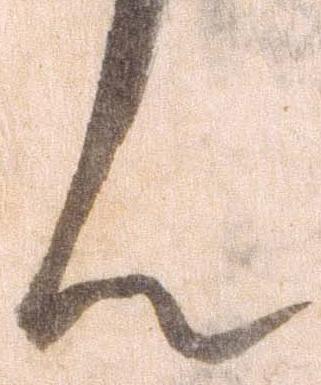
ん